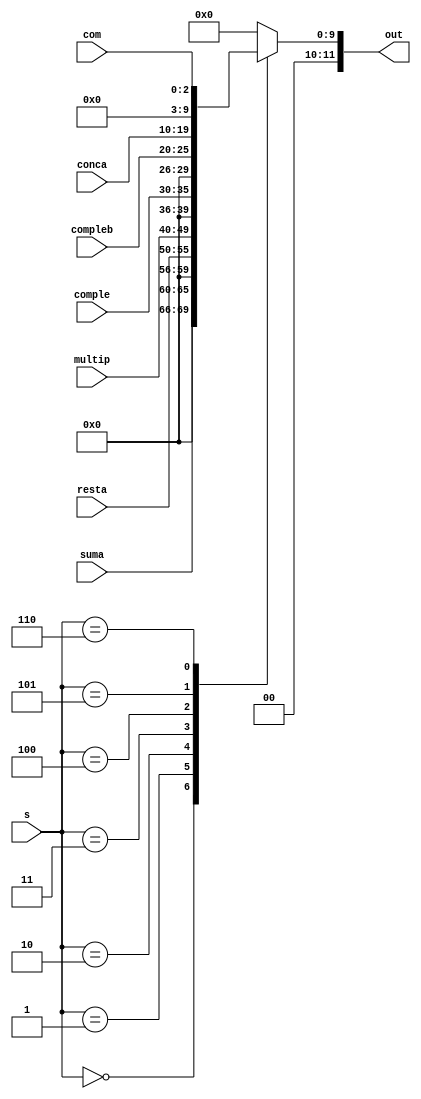
`timescale 1ns / 1ps
//////////////////////////////////////////////////////////////////////////////////
// Company: 
// Engineer: 
// 
// Design Name: 
// Module Name:    mux_plexor 
// Project Name: 
// Target Devices: 
// Tool versions: 
// Description: 
//
// Dependencies: 
//
// Revision: 
// Revision 0.01 - File Created
// Additional Comments: 
//
//////////////////////////////////////////////////////////////////////////////////
module mux_plexor(input [5:0]suma,input [5:0]resta,input [9:0]multip,input [5:0] comple,input [5:0]compleb,input [9:0]conca,
						 input [2:0] com, input [2:0]s,output reg [11:0]out);
						 
						 
	always @(*) 
	 case (s)
		3'd0: out= {7'd0,suma}; //agregar al mux de la misma manera que el modulo principal.
		
		3'd1: out = {7'd0,resta};
		
		3'd2: out = {2'd0,multip};
		
		3'd3: out = {7'd0,comple};
		
		3'd4: out = {7'd0,compleb};
		
		3'd5: out = {2'd0,conca};
		
		3'd6: out = {9'd0,com};
		
		default out = 12'd0;
	 endcase 

	
endmodule